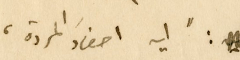
: "اي احفادَ المردة،